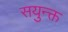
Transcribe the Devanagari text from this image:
सयुन्क्त